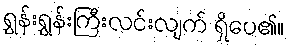
ရွှန်းရွှန်းကြီးလင်းလျက် ရှိပေ၏။